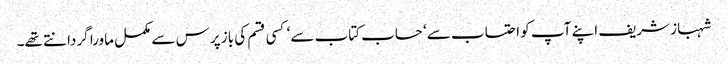
شہباز شریف اپنے آپ کو احتساب سے‘ حساب کتاب سے‘ کسی قسم کی باز پرس سے مکمل ماورا گردانتے تھے۔